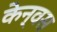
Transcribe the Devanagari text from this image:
केन्वस